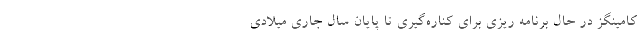
کامینگز در حال برنامه ریزی برای کناره‌گیری تا پایان سال جاری میلادی